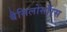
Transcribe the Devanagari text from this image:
बैसिलोसॉरस